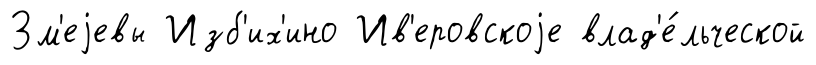
Зм'еjевы Изб'их'ино Ив'еровскоjе влад'е́льческой